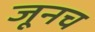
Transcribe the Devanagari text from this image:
जूनच